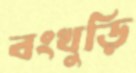
বংখুড়ি